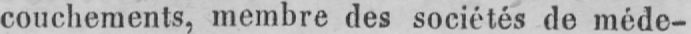
couchements, membre des sociétés de méde-